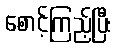
စောင့်ကြည့်ပြီး